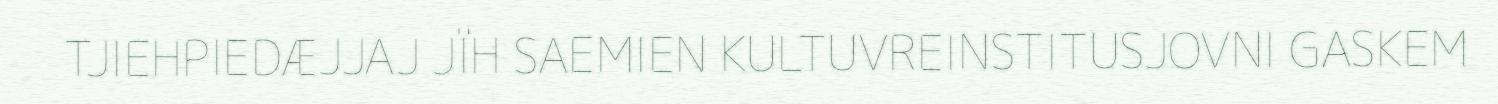
TJIEHPIEDÆJJAJ JÏH SAEMIEN KULTUVREINSTITUSJOVNI GASKEM